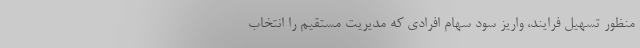
منظور تسهیل فرایند، واریز سود سهام افرادی که مدیریت مستقیم را انتخاب